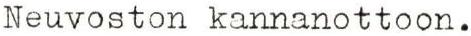
Neuvoston kannanottoon.